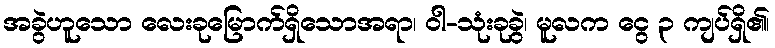
အခွဲဟူသော လေးခုမြောက်ရှိသောအရာ၊ ဝါ-သုံးခုခွဲ၊ မူလက ငွေ ၃ ကျပ်ရှိ၏၊